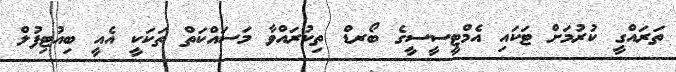
ތަރައްގީ ކުރުމަށް ޓަކައި އެމްޓީސީސީގެ ބޯރޑް ތިކުރައްވާ މަސައްކަތް ތަކަކީ އެއީ ބިއުޓިފުލް